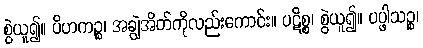
စွဲယူ၍။ ပိဟကဉ္စ၊ အချွဲအိတ်ကိုလည်းကောင်း။ ပဋိစ္စ၊ စွဲယူ၍။ ပပ္ဖါသဉ္စ၊